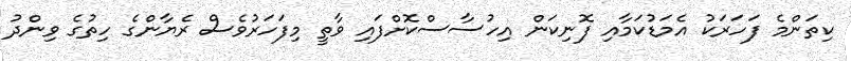
ކިތަންމެ ފަހަރަކު އެމަޑުކަމާއި ފޮނިކަން އިހުސާސްކޮށްފައި ވާތީ މިފަހަރުވެސް ރެޔާންގެ ހިތުގެ ވިންދު